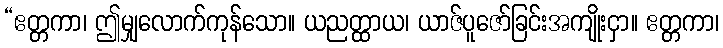
“ဧတ္တကာ၊ ဤမျှလောက်ကုန်သော။ ယညတ္ထာယ၊ ယာဇ်ပူဇော်ခြင်းအကျိုးငှာ။ ဧတ္တကာ၊